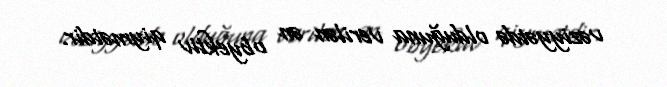
vəziyyətdə olduğuna verilən ən obyektiv qiymətdir.